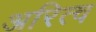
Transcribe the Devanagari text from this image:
अरित्व